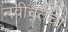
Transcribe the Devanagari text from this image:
नवीनतेचा